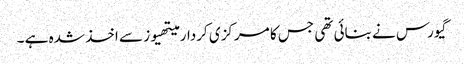
گیورس نے بنائی تھی جس کا مرکزی کردار میتھیوز سے اخذ شدہ ہے ۔